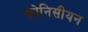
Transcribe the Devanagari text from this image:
फ़ोनिसीयन